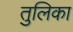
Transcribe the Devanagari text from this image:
तुलिका